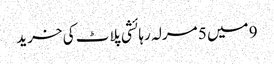
9 میں 5 مرلہ رہائشی پلاٹ کی خرید